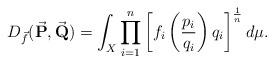
LaTeX: \begin{align*}D_{\vec f}(\vec{\textbf{P}}, \vec{\textbf{Q}} )= \int_{X} \prod_{i=1}^{n} \left[f_i \left(\frac{p_i}{q_i} \right) q_i\right]^{\frac{1}{n}} d\mu.\end{align*}